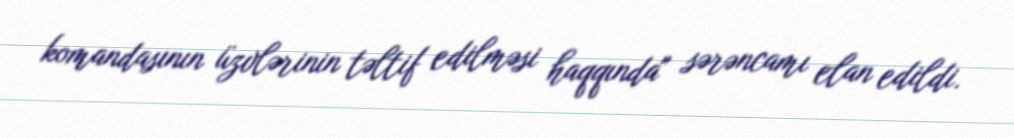
komandasının üzvlərinin təltif edilməsi haqqında" sərəncamı elan edildi.